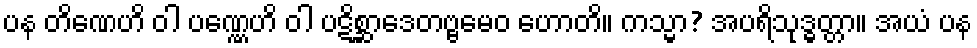
ပန တိဏေဟိ ဝါ ပဏ္ဏေဟိ ဝါ ပဋိစ္ဆာဒေတဗ္ဗမေဝ ဟောတိ။ ကသ္မာ? အပရိသုဒ္ဓတ္တာ။ အယံ ပန